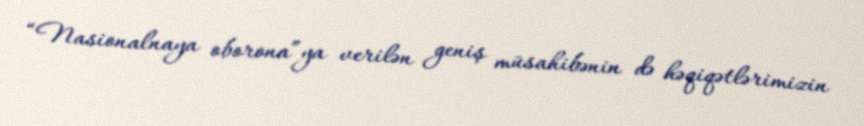
“Nasionalnaya oborona”ya verilən geniş müsahibənin də həqiqətlərimizin